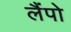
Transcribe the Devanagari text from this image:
लैंपो